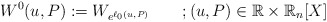
\begin{align*}W^{0}(u,P) := W_{e^{\ell_0(u,P)}} \qquad;(u,P)\in\mathbb{R}\times\mathbb{R}_n[X]\end{align*}